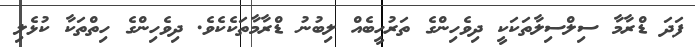
ފަދަ ޑްރާމާ ސިލްސިލާތަކަކީ ދިވެހިންގެ ތަރުހީބެއް ލިބުނު ޑްރާމާތަކެކެވެ. ދިވެހިންގެ ހިތްތަކާ ކުޅެލި